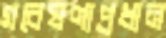
গবেষণাপ্রধান